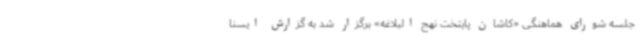
جلسه شورای هماهنگی «کاشان پایتخت نهج البلاغه» برگزار شد به گزارش ایسنا